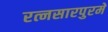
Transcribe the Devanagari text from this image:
रत्नसारपुरमें